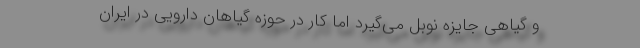
و گیاهی جایزه نوبل می‌گیرد اما کار در حوزه گیاهان دارویی در ایران